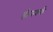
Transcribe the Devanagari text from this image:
ड्रीमवर्क